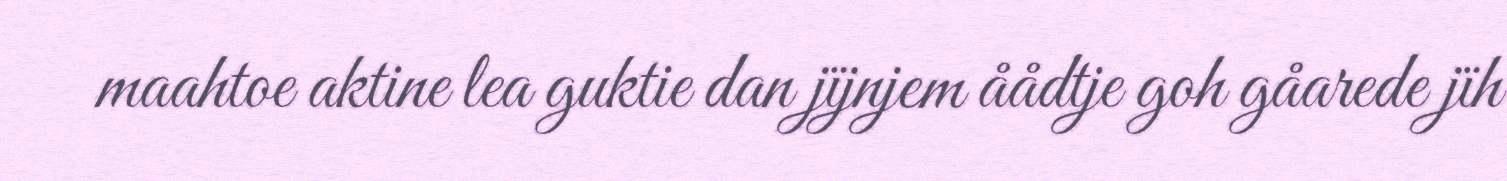
maahtoe aktine lea guktie dan jïjnjem åådtje goh gåarede jïh